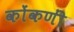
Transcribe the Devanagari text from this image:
कोंकणीं